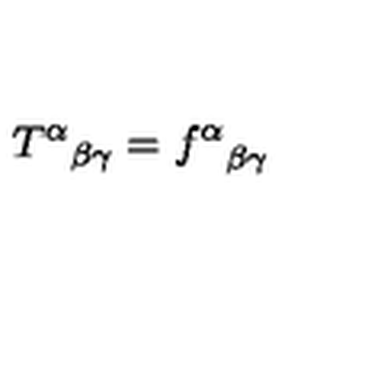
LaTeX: { T ^ { \alpha } } _ { \beta \gamma } = { f ^ { \alpha } } _ { \beta \gamma }